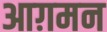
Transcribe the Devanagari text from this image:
आग़मन